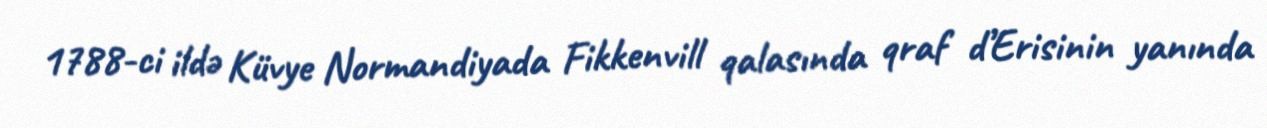
1788-ci ildə Küvye Normandiyada Fikkenvill qalasında qraf d’Erisinin yanında